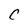
Character: C